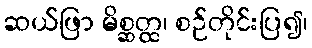
ဆယ်ဖြာ မိစ္ဆတ္ထ၊ စဉ်တိုင်းပြ၍၊